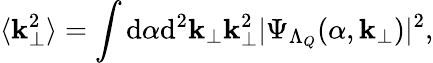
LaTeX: \langle{\mathbf k}_{\perp}^{2}\rangle=\int\mathrm{d}\alpha\mathrm{d}^{2}{\mathbf k}_{\perp}{\mathbf k}_{\perp}^{2}|\Psi_{\Lambda_{Q}}(\alpha,{\mathbf k}_{\perp})|^{2},